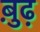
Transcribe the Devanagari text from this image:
बु़ढ़